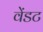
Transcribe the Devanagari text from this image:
वेंडट